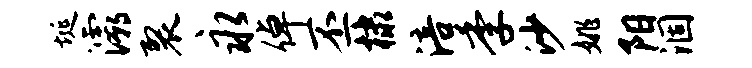
埏灞裂永倬丕棣涪季沙姚阳涸